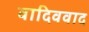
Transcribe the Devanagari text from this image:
वादिववाद